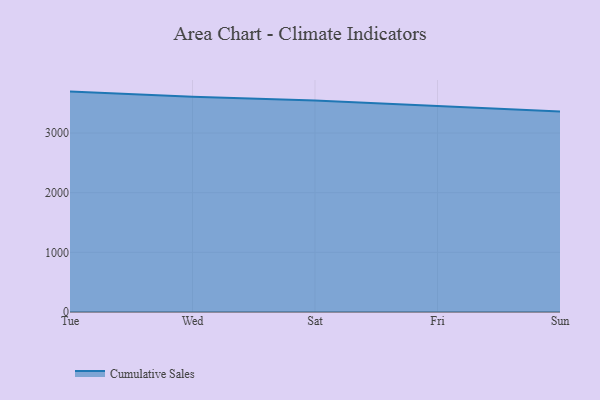
{"axis": {"x": "Day", "y": "Latency (ms)"}, "legend": ["Cumulative Sales"], "data": [{"x": "Tue", "y": 3694.4, "type": "Cumulative Sales"}, {"x": "Wed", "y": 3606.1, "type": "Cumulative Sales"}, {"x": "Sat", "y": 3543.3, "type": "Cumulative Sales"}, {"x": "Fri", "y": 3457.3, "type": "Cumulative Sales"}, {"x": "Sun", "y": 3360.6, "type": "Cumulative Sales"}]}